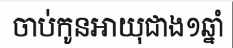
ចាប់កូនអាយុជាង១ឆ្នាំ